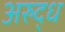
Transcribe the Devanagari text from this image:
अरुद्ध